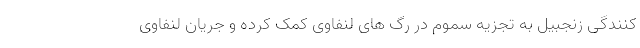
کنندگی زنجبیل به تجزیه سموم در رگ های لنفاوی کمک کرده و جریان لنفاوی